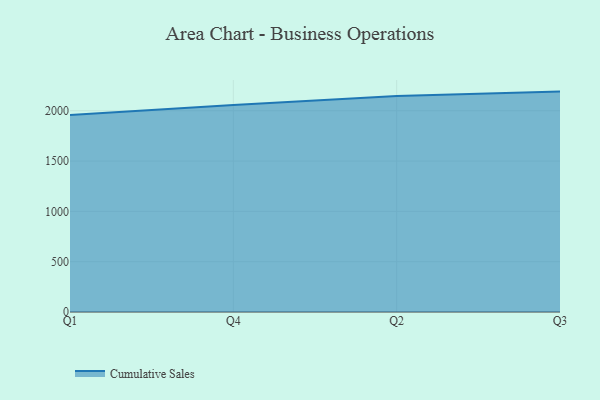
{"axis": {"x": "Quarter", "y": "Bounce Rate (%)"}, "legend": ["Cumulative Sales"], "data": [{"x": "Q1", "y": 1958.3, "type": "Cumulative Sales"}, {"x": "Q4", "y": 2057.0, "type": "Cumulative Sales"}, {"x": "Q2", "y": 2147.1, "type": "Cumulative Sales"}, {"x": "Q3", "y": 2190.0, "type": "Cumulative Sales"}]}